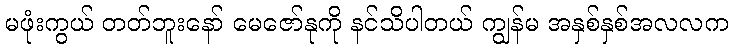
မဖုံးကွယ် တတ်ဘူးနော် မေဇော်နုကို နင်သိပါတယ် ကျွန်မ အနှစ်နှစ်အလလက